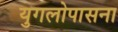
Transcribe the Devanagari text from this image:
युगलोपासना